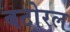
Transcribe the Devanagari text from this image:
बटोरल